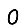
Digit: 0